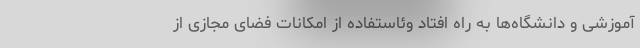
آموزشی و دانشگاه‌ها به راه افتاد وئاستفاده از امکانات فضای مجازی از